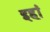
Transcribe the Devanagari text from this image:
इहां